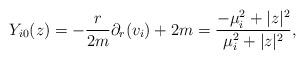
LaTeX: \begin{align*}Y_{i0}(z)= -\frac{r}{2m}\partial_{r}(v_{i})+2m = \frac{-\mu_{i}^{2}+|z|^{2}}{\mu_{i}^{2}+|z|^{2}},\end{align*}